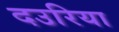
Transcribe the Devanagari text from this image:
दउरिया